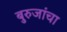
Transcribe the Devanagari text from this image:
बुरुजांचा